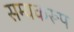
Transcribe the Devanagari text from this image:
सम्यकरूप